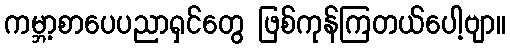
ကမ္ဘာ့စာပေပညာရှင်တွေ ဖြစ်ကုန်ကြတယ်ပေါ့ဗျာ။